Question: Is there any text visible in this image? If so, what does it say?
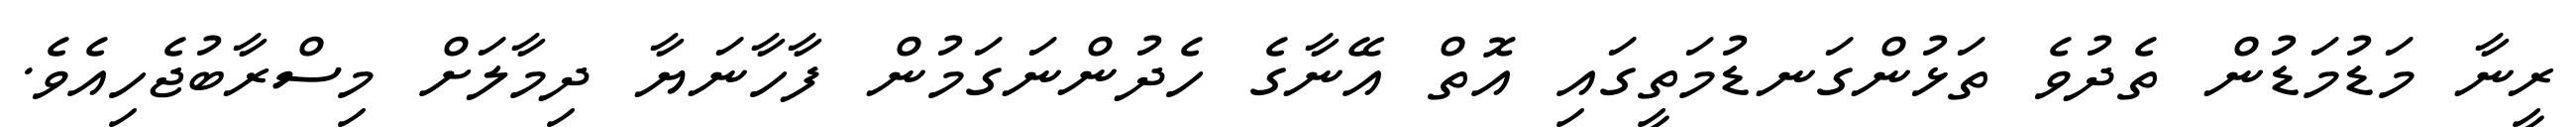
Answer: ރީނާ މަޑުމަޑުން ތެދުވެ ތަޅުންގަނޑުމަތީގައި އޮތް އޭނާގެ ހެދުންނަގަމުން ފާހާނަޔާ ދިމާލަށް މިސްރާބުޖެހިއެވެ.